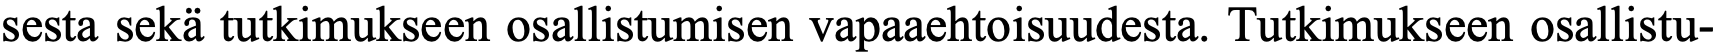
sesta sekä tutkimukseen osallistumisen vapaaehtoisuudesta. Tutkimukseen osallistu-